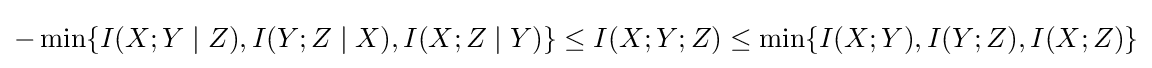
-\min\{I(X;Y\mid Z),I(Y;Z\mid X),I(X;Z\mid Y)\}\leq I(X;Y;Z)\leq \min\{I(X;Y),I(Y;Z),I(X;Z)\}